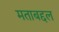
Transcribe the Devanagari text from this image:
मताबद्दल